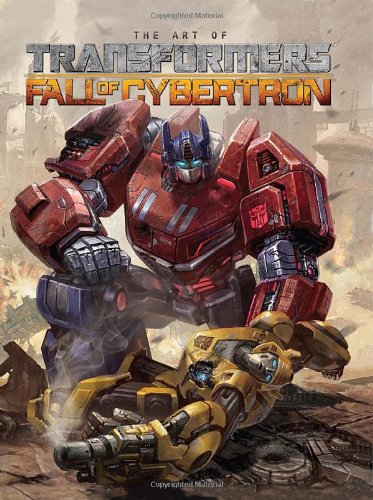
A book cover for Transformers: The Art of Fall of Cybertron; Mark Bellomo; Arts & Photography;